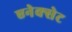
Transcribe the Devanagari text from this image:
एनेक्सेट